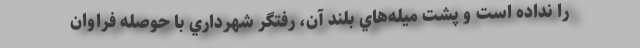
را نداده است و پشت ميله‌هاي بلند آن، رفتگر شهرداري با حوصله فراوان